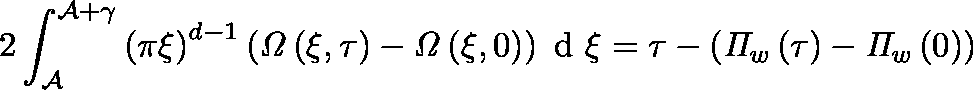
2 \int _ { \mathcal { A } } ^ { \mathcal { A } + \gamma } \left( \pi \xi \right) ^ { d - 1 } \left( \mathit { \Omega } \left( \xi , \tau \right) - \mathit { \Omega } \left( \xi , 0 \right) \right) \mathrm { ~ d ~ } \xi = \tau - \left( \mathit { \Pi } _ { w } \left( \tau \right) - \mathit { \Pi } _ { w } \left( 0 \right) \right)